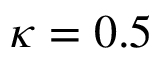
\kappa = 0 . 5